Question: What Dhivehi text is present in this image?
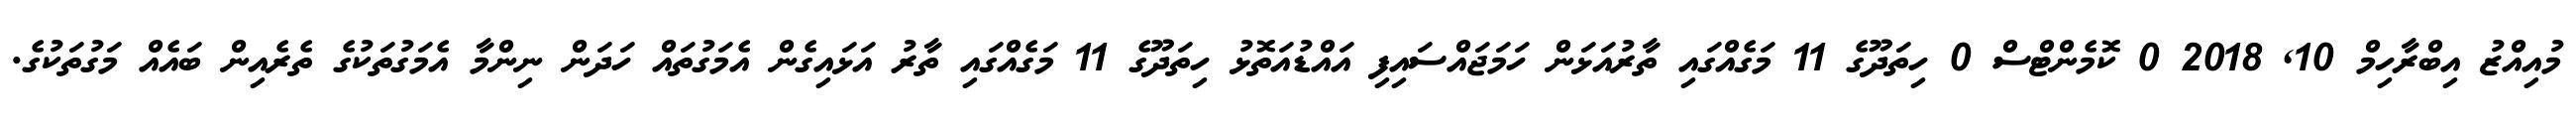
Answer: މުއިއްޒު އިބްރާހިމް 10, 2018 0 ކޮމެންޓްސް 0 ހިތަދޫގެ 11 މަގެއްގައި ތާރުއަޅަން ހަމަޖައްސައިފި އައްޑުއަތޮޅު ހިތަދޫގެ 11 މަގެއްގައި ތާރު އަޅައިގެން އެމަގުތައް ހަދަން ނިންމާ އެމަގުތަކުގެ ތެރެއިން ބައެއް މަގުތަކުގެ.